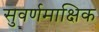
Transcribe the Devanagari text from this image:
सुवर्णमाक्षिक